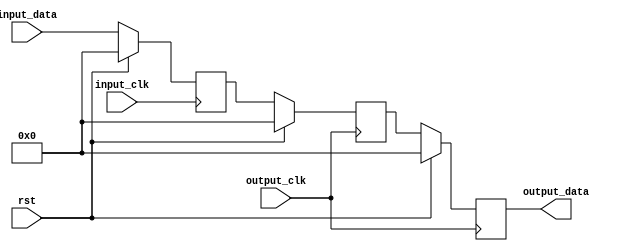
/*

Copyright (c) 2023 Chris H. Meyer

This file is part of aRTS.

aRTS is free software: you can redistribute it and/or modify it
under the terms of the GNU General Public License as published by
the Free Software Foundation, either version 3 of the License, or
(at your option) any later version.

aRTS is distributed in the hope that it will be useful, but WITHOUT
ANY WARRANTY; without even the implied warranty of MERCHANTABILITY
or FITNESS FOR A PARTICULAR PURPOSE. See the GNU General Public License
for more details.

You should have received a copy of the GNU General Public License along
with aRTS. If not, see <https://www.gnu.org/licenses/>.

*/

// Language: Verilog 2001

`resetall
`timescale 1ns / 1ps
`default_nettype none

/*
 * Simple clock domain crossing synchronizer (NO handshake)
 */
module word_cdc #
(
    parameter DATA_WIDTH = 32,
    parameter DEPTH = 2
)
(
    input  wire        input_clk,
    input  wire        output_clk,
    input  wire        rst,

    input  wire [DATA_WIDTH-1:0] input_data,
    output wire [DATA_WIDTH-1:0] output_data
);

reg [DATA_WIDTH-1:0] input_reg, sync_reg[DEPTH-1:0];

initial begin
    if (DEPTH < 2) begin
        $error("Error: Synchronizer depth must be at least 2 (instance %m)");
        $finish;
    end
end

assign output_data = sync_reg[DEPTH-1];

integer i;

// input pipeline
always @(posedge input_clk) begin
    if (rst) begin
        input_reg <= {DATA_WIDTH{1'b0}};
    end else begin
        input_reg <= input_data;
    end
end


// output pipeline
always @(posedge output_clk) begin
    if (rst) begin
        for (i = 0; i < DEPTH; i = i + 1) begin
            sync_reg[i] <= {DATA_WIDTH{1'b0}};
        end
    end else begin
        sync_reg[0] <= input_reg;
        for (i = 1; i < DEPTH; i = i + 1) begin
            sync_reg[i] <= sync_reg[i-1];
        end
    end
end


endmodule

`resetall